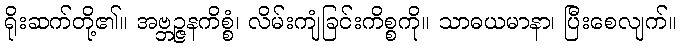
ရိုးဆက်တို့၏။ အဗ္ဘဉ္ဇနကိစ္စံ၊ လိမ်းကျံခြင်းကိစ္စကို။ သာဓယမာနာ၊ ပြီးစေလျက်။